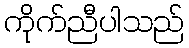
ကိုက်ညီပါသည်